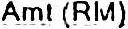
AMT (RM)